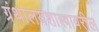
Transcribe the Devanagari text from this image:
ग्रंथालयशास्त्रावरील